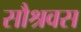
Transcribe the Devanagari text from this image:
सौश्रवस